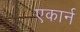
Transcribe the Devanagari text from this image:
एकार्न